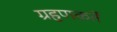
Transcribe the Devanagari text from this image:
ग्रहणकर्ते